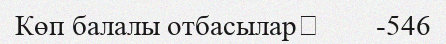
Көп балалы отбасылар	        -546